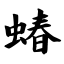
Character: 蝽